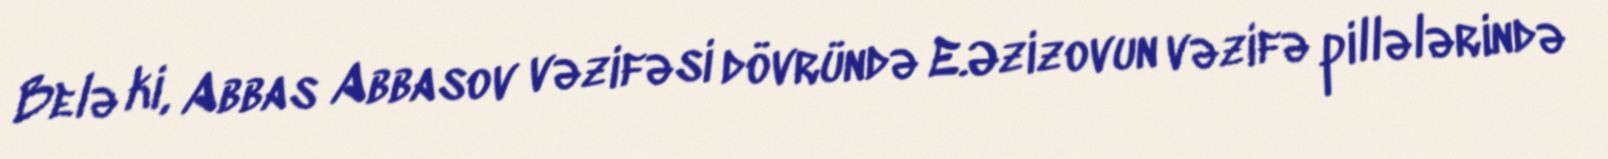
Belə ki, Abbas Abbasov vəzifəsi dövründə E.Əzizovun vəzifə pillələrində